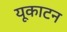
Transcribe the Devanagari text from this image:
यूकाटन